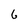
Character: 6